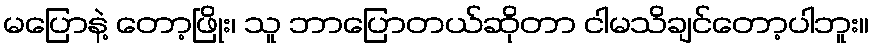
မပြောနဲ့ တော့ဖြိုး၊ သူ ဘာပြောတယ်ဆိုတာ ငါမသိချင်တော့ပါဘူး။